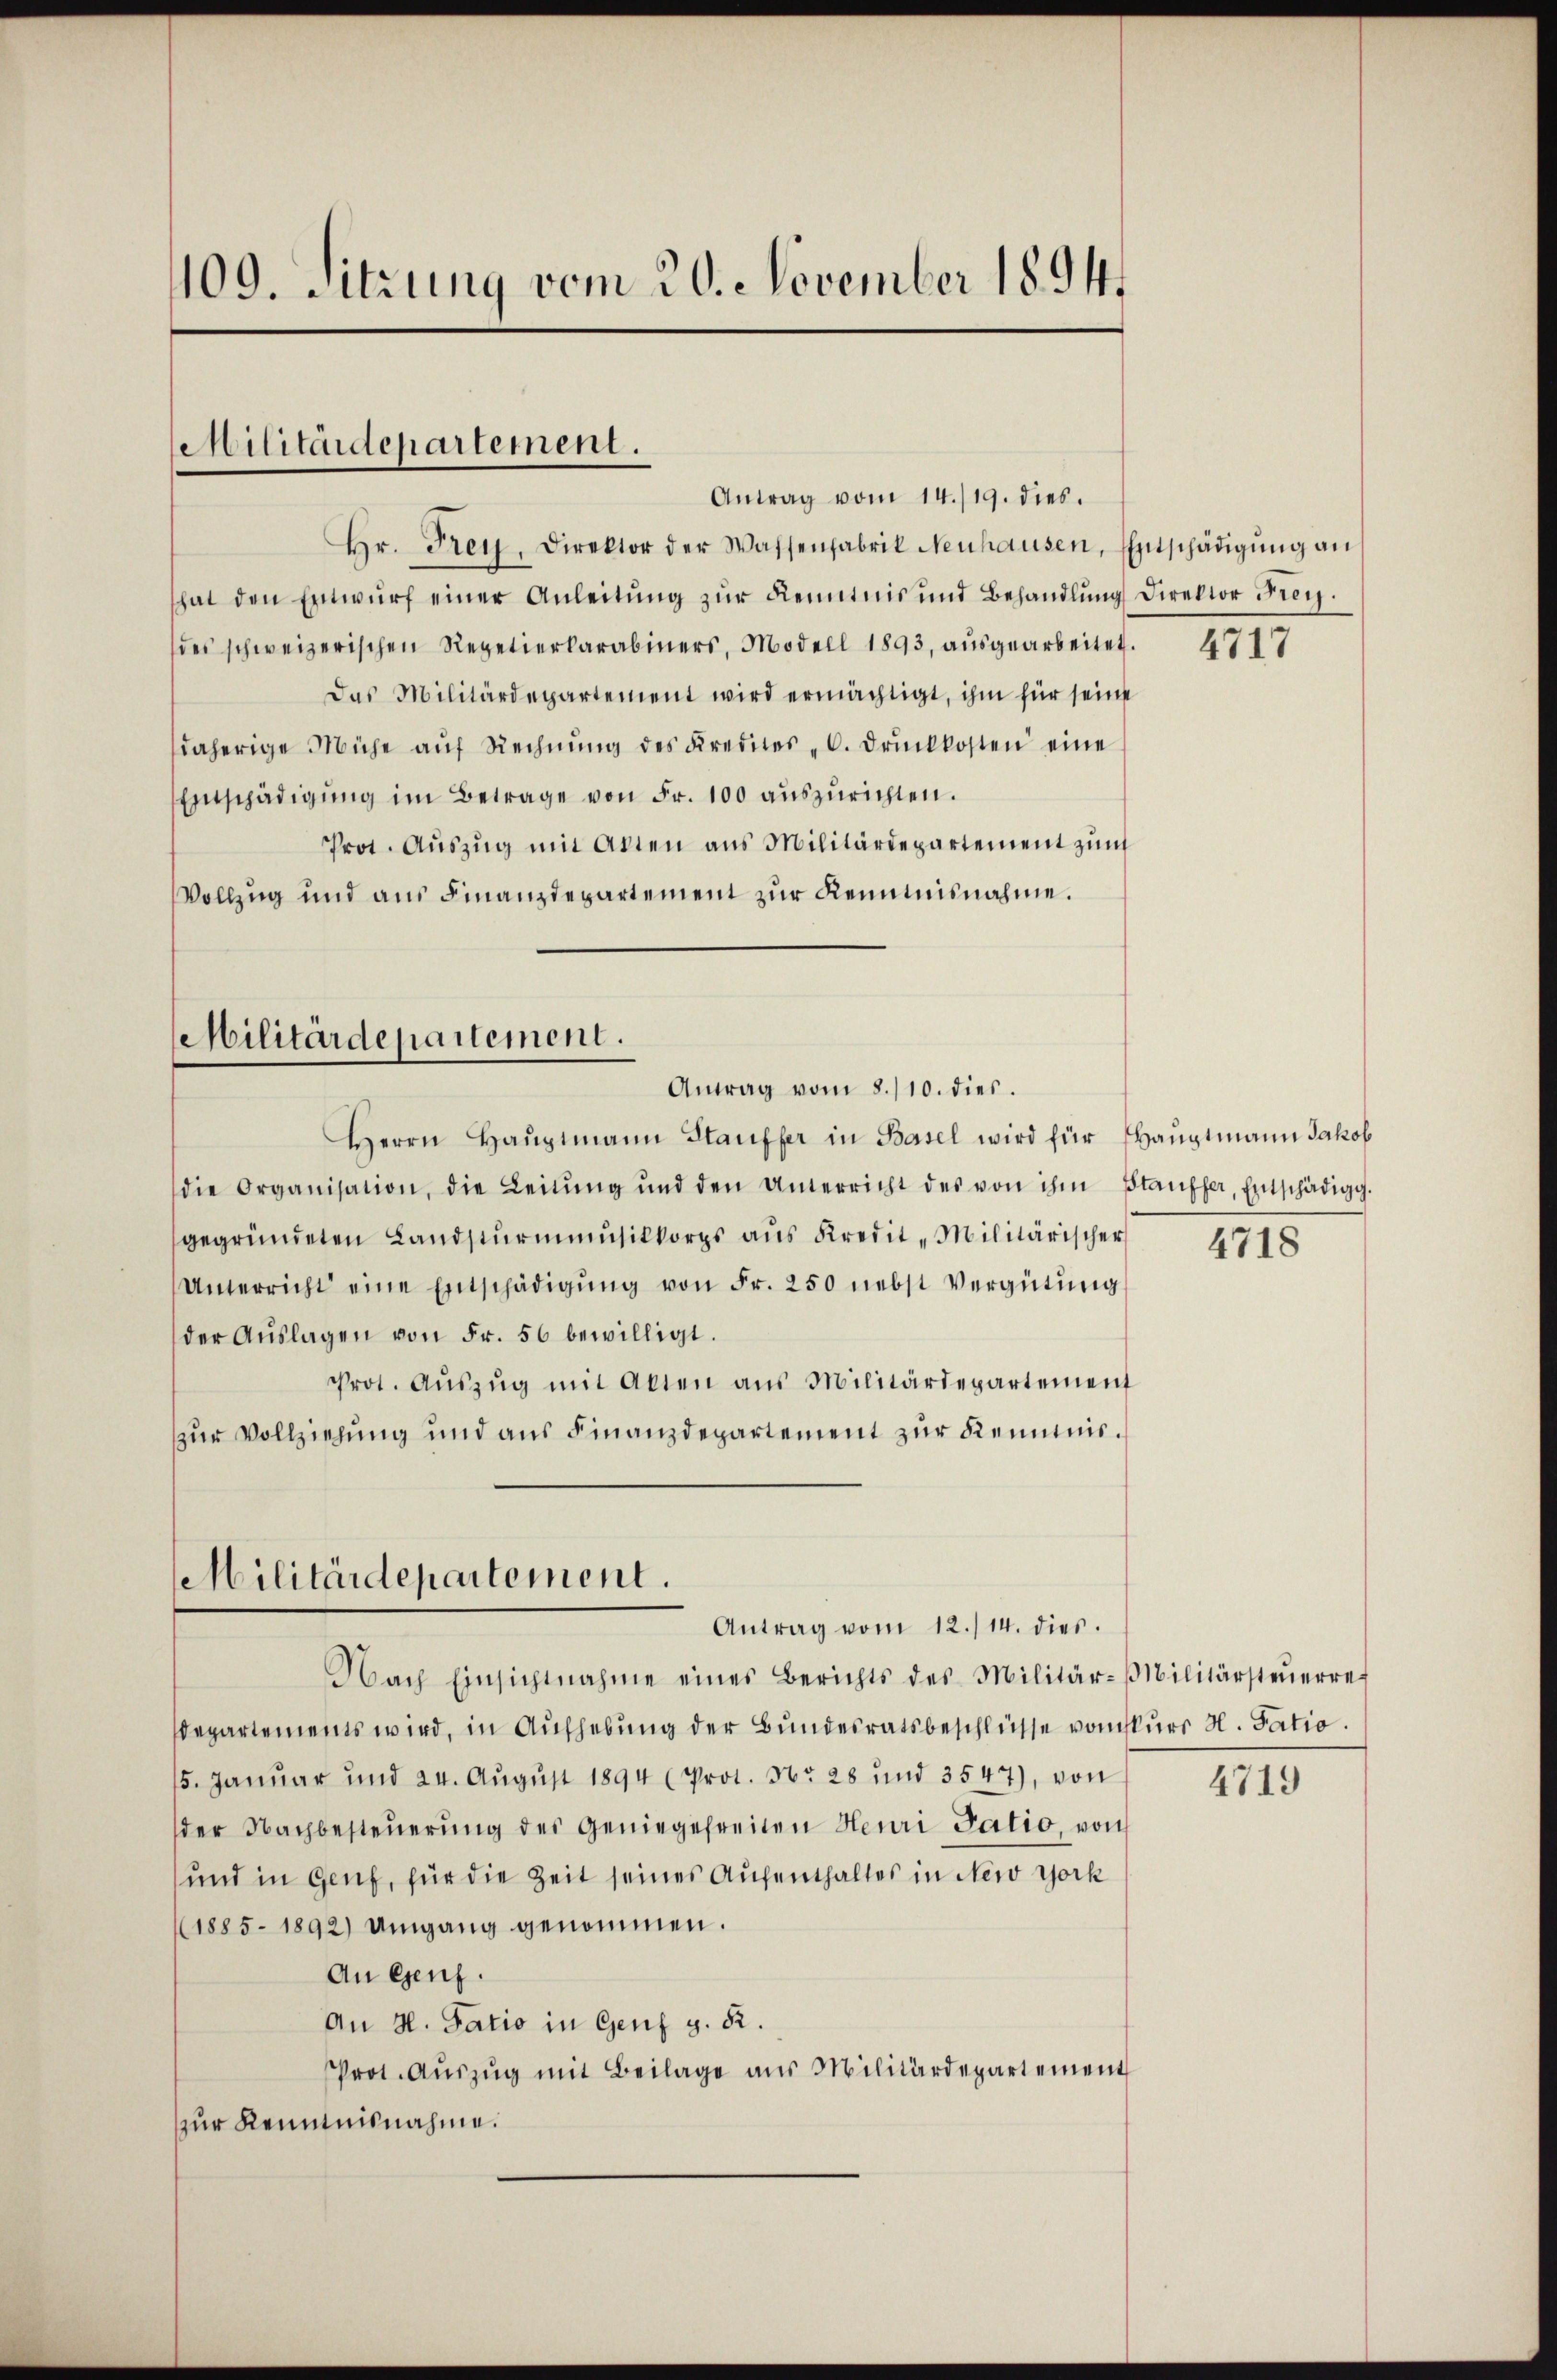
109. Sitzung vom 20. November 1894.

Militärdepartement.

Hr. Frey, Direktor der Wassenfabrik Neuhausen, Entschädigŭng an
hat den Entwŭrf einer Anleitŭng zŭr Kenntnis und Behandlŭng Direktor Frey.
des schweizerischen Repetierkarabiners, Modell 1893, aŭsgearbeitet.
Das Militärdepartement wird ermächtigt, ihm für seine
daherige Mühe aŭf Rechnŭng des Kredites C. drŭckkosten eine
Entschädigung im Betrage von Fr. 100 auszurichten.
Prot. Auszug mit Alten aus Militärdepartement zum
Vollzug und aus Finanzdepartement zur Kenntnisnahme.

Militärdepartement.
Antrag vom 8./10. dies.

Antrag vom 14./19. dies.

Herrn Haŭptmann Stauffer in Basel wird für Hauptmann Jakob
die Organisation, die Leitŭng ŭnd den Unterricht des von ihm Stauffer, Entschädigg.
gegründeten Landsturmusikkorps aus Kredit-Militärischer
Unterricht eine Entschädigŭng von Fr. 250 nebst Vergütung
der Aŭslagen von Fr. 56 bewilligt.
Prot. Aŭszŭg mit Alten aus Militärdepartement
zur Vollziehung und aus Finanzdepartement zur Kenntnis¬

Militärdepartement.
Antrag vom 12./14. dies.

Nach Einsichtnahme eines Berichts des Militär-Militärsteŭerrei
Departements wird, in Aufhebung der Bundesratsbeschlüsse vom skurs H. Tatio
15. Januar und 24. Aŭgŭst 1894 (Prot. No 28 und 3547), von
der Nachbesteŭerŭng der Geniegefreiten Henri Tatio, von
und in Genf, für die Zeit seines Aufenthaltes in New York
(1885 - 1892) Umgang genommen.
An Genf.
An H. Tatio in Genf g. R.
Prot. Aŭszŭg mit Beilage aus Militärdepartement
zzur Kenntnisnahme.

IIII

4718

4719